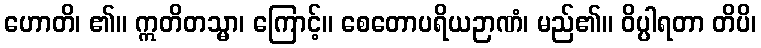
ဟောတိ၊ ၏။ ဣတိတသ္မာ၊ ကြောင့်။ စေတောပရိယဉာဏံ၊ မည်၏။ ဝိပ္ပါရတာ တိပိ၊